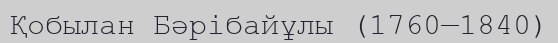
Қобылан Бәрібайұлы (1760—1840)